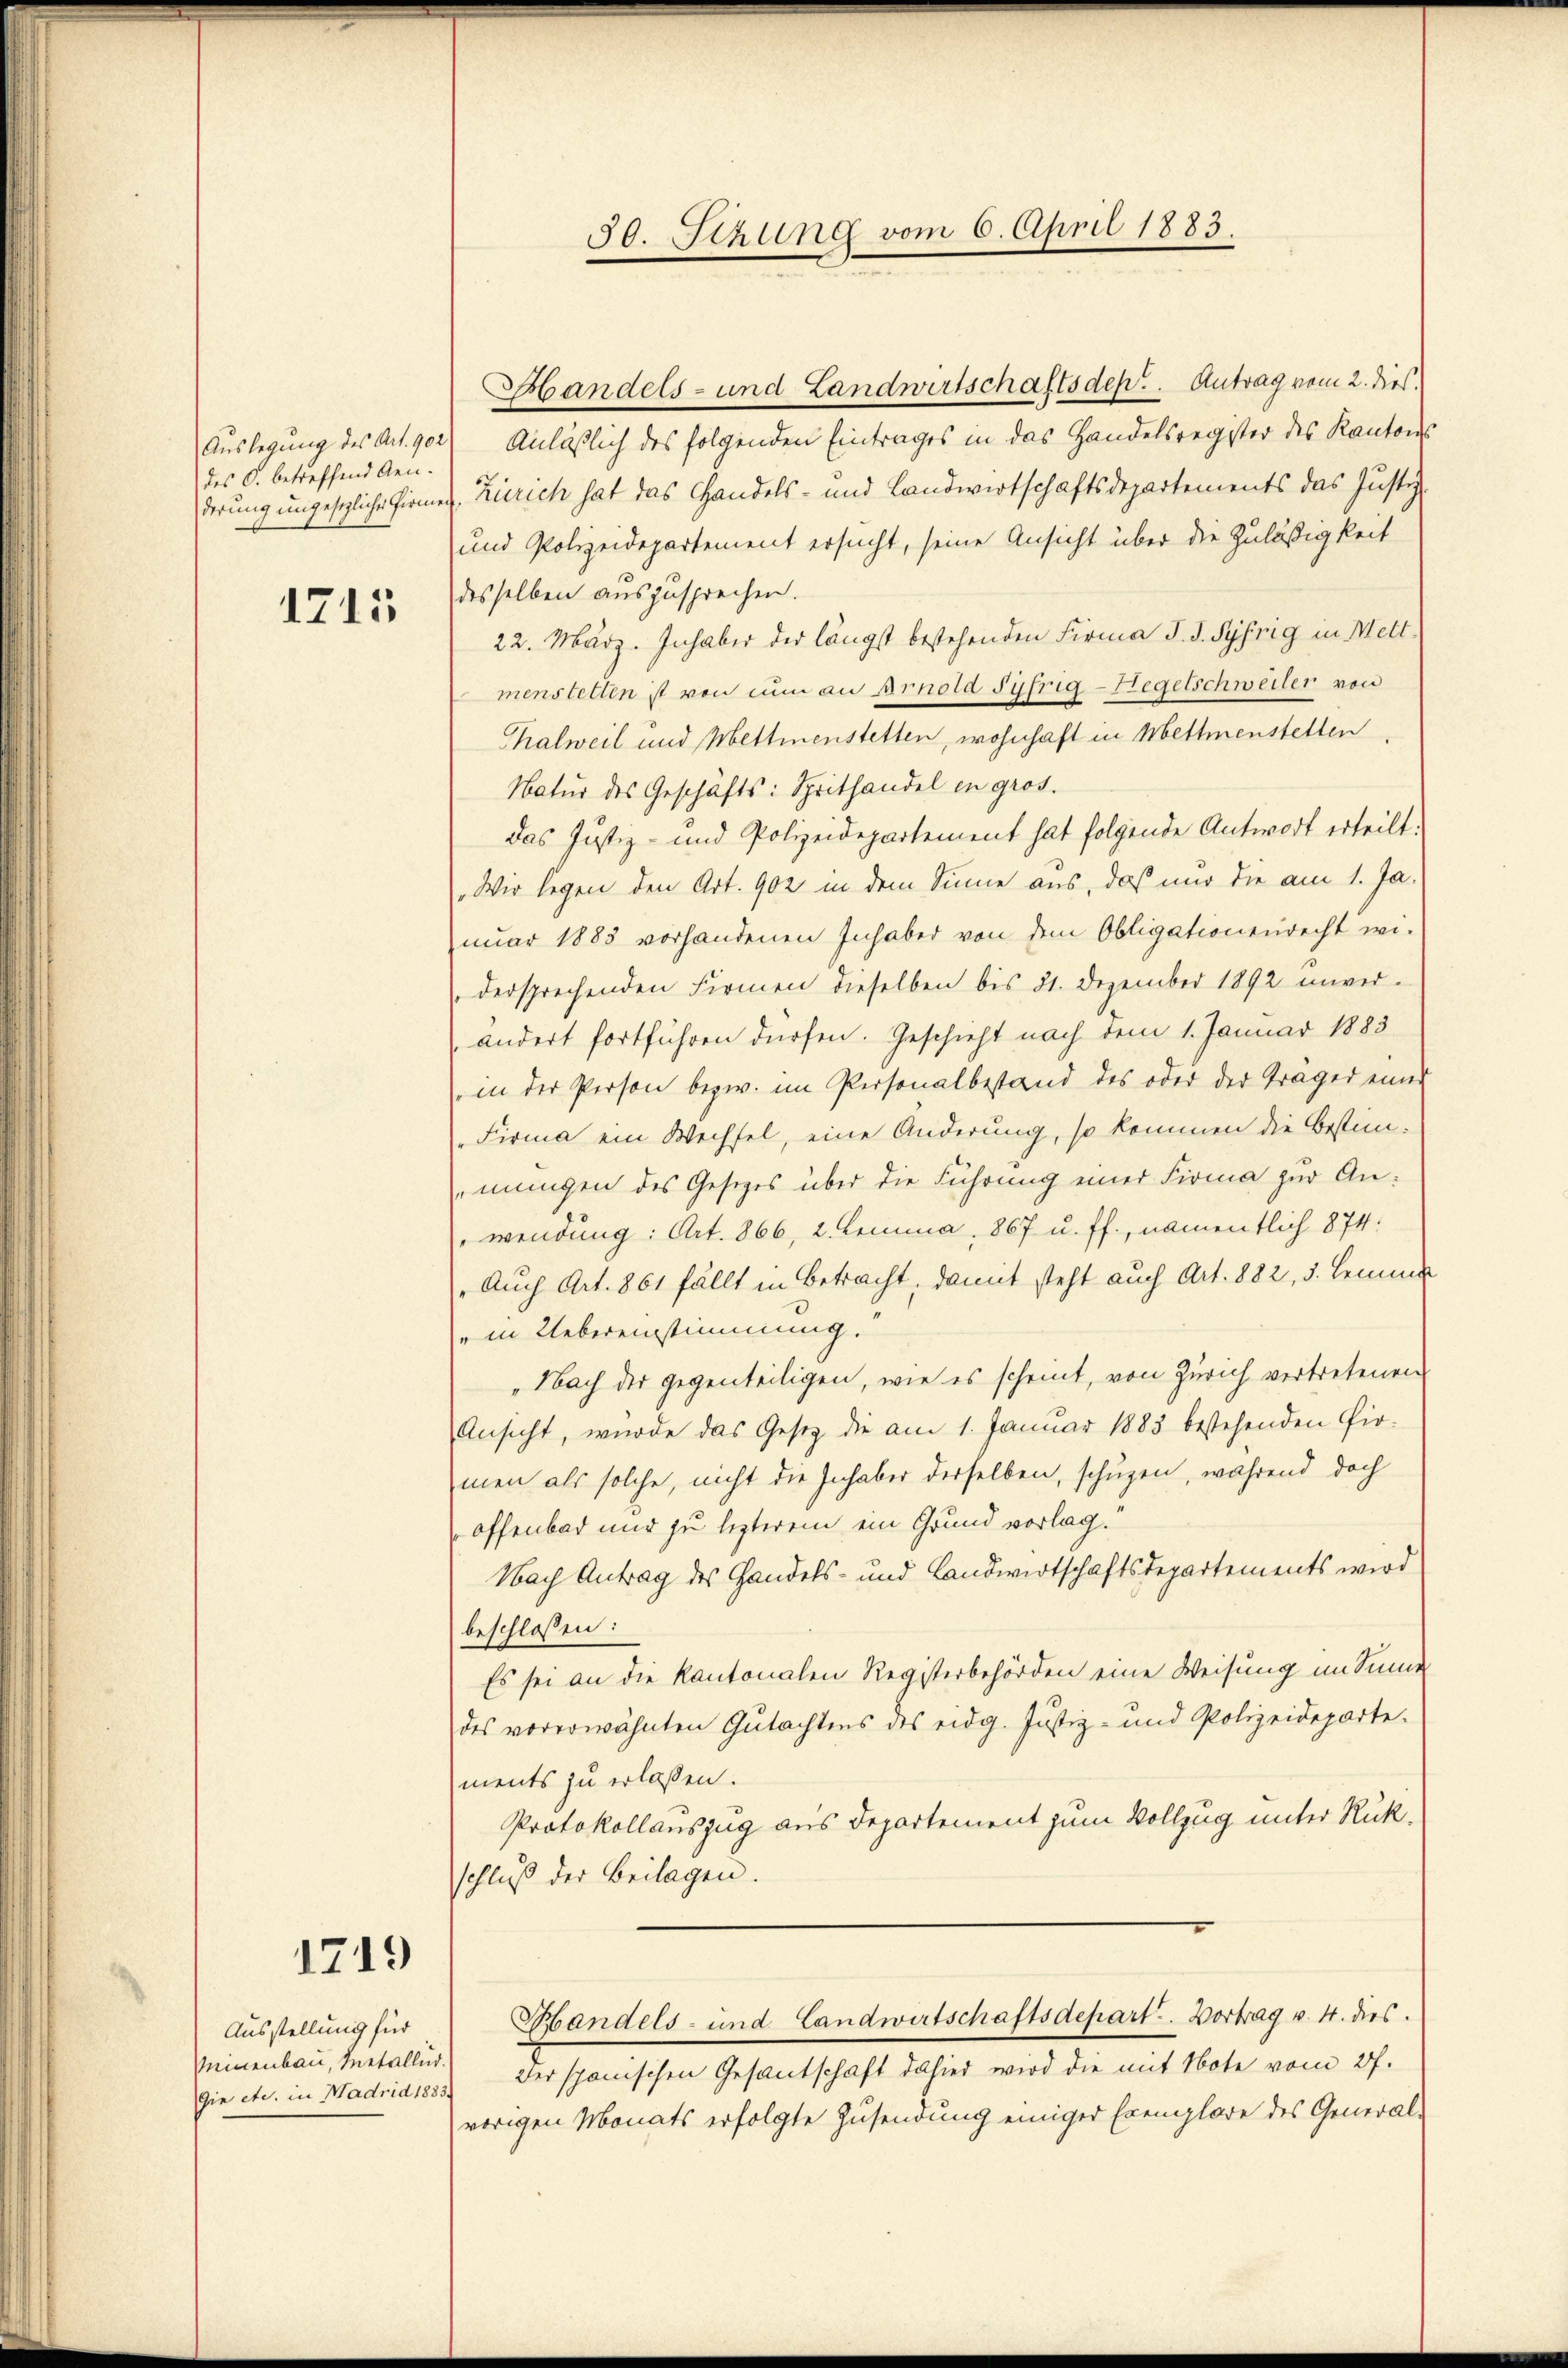
des C. betreffend Gen.

1715

1719

Ausstellung für
Meinenbau, Metallud.
Gie etc. in Wadrid 1883.

Handels- und Landwirtschaftsdep. Antrag vom 2. dies
Auslegung des Art. 902) Anläßlich des folgenden Eintrages in das Handelsregister des Kantons
derung ungesetzliche Firmen. Zürich hat das Handels- und Landwirtschaftsdepartements das Justiz-
und Polizeidepartement ersucht, seine Ansicht über die Zuläßigkeit
desselben auszusprechen.
22. März. Inhaber der längst bestehenden Firma J. J. Syfrig in Mettmenstetten ist von nun an Arnold Sührig-Hegetschweiler von
Thalweil und Mettmenstetten, wohnhaft in Mettmenstellen,
Natur des Geschäfts: Sprithandel in gros.
das Justiz- und Polizeidepartement hat folgende Antwort erteilt.
„Wir legen den Art. 902 in dem Sinne aus, daß nur die am 1. Ja.
nuar 1883 vorhandenen Inhaber von dem Obligationenrecht wi-
dersprechenden Firmen dieselben bis 31. Dezember 1892 unver-
ändert fortführen dürfen. Geschieht nach dem 1. Januar 1883
in der Person bezw. im Personalbestand des oder der Träger einer
Firma ein Wechsel, eine Änderung, so kommen die bestimmungen des Gesetzes über die Führung einer Firma zur Anwendung: Art. 866, 2. Lemma, 867 u. ff., namentlich 874:
„Auch Art. 861 fällt in Betracht, damit steht auch Art. 882, 5. Hemme
in Uebereinstimmung.
„Nach der gegenteiligen, wie es scheint, von Zürich vertretenen
Ansicht, wurde das Gesetz die am 1. Januar 1885 bestehenden Pirmen als solche, nicht die Inhaber derselben, schuzen, während doch
offenbar nur zu lezterem ein Grund vorlag.
Nach Antrag des Handels- und Landwirtschaftsdepartements wird
beschlossen:
Es sei an die Kantonalen Registerbehörden eine Weisung im Sinne
des vorerwähnten Gutachtens des eidg. Justiz- und Polizeideparte.
ments zu erlassen.
Protokollauszug aus Departement zum Vollzug unter Rükschluß der Beilagen.
Handels- und Landwirtschaftsdepart. Vortrag v. 4. dies
der spanischen Gesantschaft dahier wird die mit Note vom 27.
vorigen Monats erfolgte Zusendung einiger Exemplare des General-

30. Sitzung vom 6. April 1883.